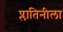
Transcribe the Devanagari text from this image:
प्लातिनीला